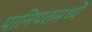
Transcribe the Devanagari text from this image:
पानिपतमध्यें